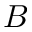
B